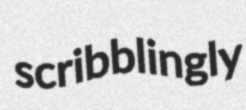
scribblingly